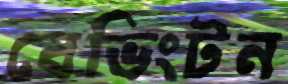
বেভিংটন